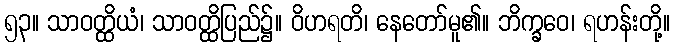
၅၃။ သာဝတ္ထိယံ၊ သာဝတ္ထိပြည်၌။ ဝိဟရတိ၊ နေတော်မူ၏။ ဘိက္ခဝေ၊ ရဟန်းတို့။